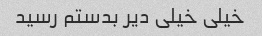
خیلی خیلی دیر بدستم رسید